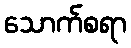
သောက်စရာ